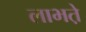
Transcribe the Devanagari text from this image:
लाभते़